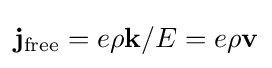
{\mathbf {j} }_{\rm {free}}=e\rho {\mathbf {k} }/E=e\rho {\mathbf {v} }